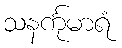
သနင်္ကုမာရံ